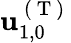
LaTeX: \mathbf{u}_{1,0}^{\mathrm{~(~T~)~}}